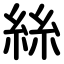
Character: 絲